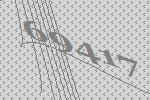
69417